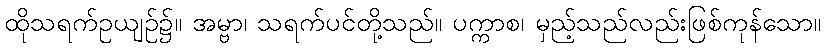
ထိုသရက်ဥယျဉ်၌။ အမ္ဗာ၊ သရက်ပင်တို့သည်။ ပက္ကာစ၊ မှည့်သည်လည်းဖြစ်ကုန်သော။